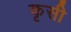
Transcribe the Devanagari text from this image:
कृसी